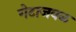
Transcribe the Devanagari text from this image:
गेटाजवळ